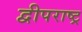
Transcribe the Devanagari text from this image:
द्वीपराष्ट्र